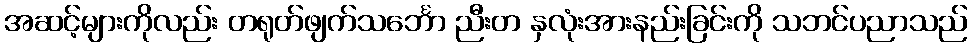
အဆင့်များကိုလည်း တရုတ်ဖျက်သင်္ဘော ညီးတ နှလုံးအားနည်းခြင်းကို သဘင်ပညာသည်